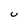
Character: U